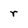
Character: r